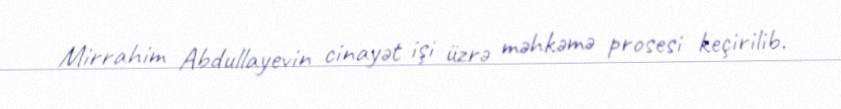
Mirrahim Abdullayevin cinayət işi üzrə məhkəmə prosesi keçirilib.